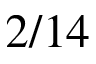
2 / 1 4